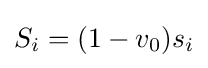
S_{i}=(1-v_{0})s_{i}